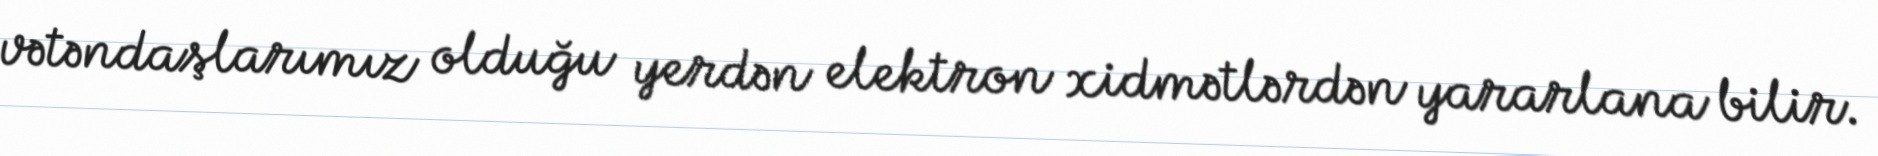
vətəndaşlarımız olduğu yerdən elektron xidmətlərdən yararlana bilir.